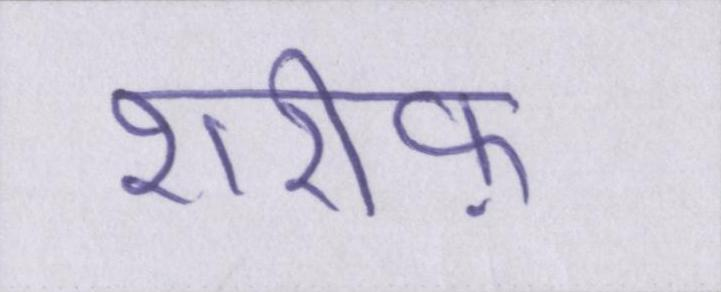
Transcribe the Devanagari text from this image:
शरीफ़